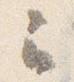
云